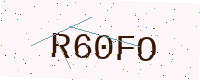
Text: R60FO